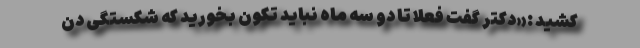
کشید :«دکتر گفت فعلاً تا دو سه ماه نباید تکون بخورید که شکستگی دن